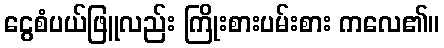
ငွေစံပယ်ဖြူလည်း ကြိုးစားပမ်းစား ကလေ၏။